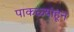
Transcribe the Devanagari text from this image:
पाकळ्यांहून